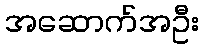
အဆောက်အဦး